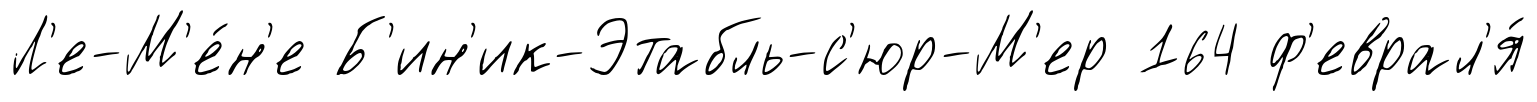
Л'е-М'е́н'е Б'ин'ик-Этабль-с'юр-М'ер 164 ф'еврал'я́